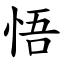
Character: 悟